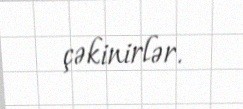
çəkinirlər.